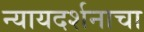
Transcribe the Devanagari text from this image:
न्यायदर्शनाचा